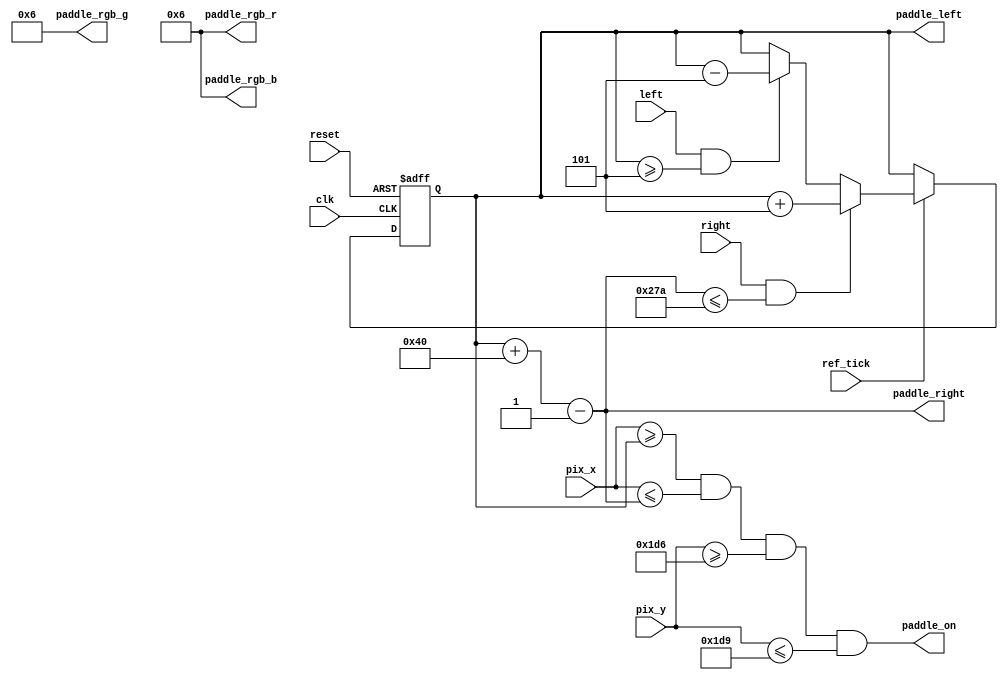
module paddle 
	#(
		parameter MAX_X = 640,
		parameter MAX_Y = 480,
		parameter PADDLE_Y_LOW = 470,
		parameter PADDLE_Y_WIDTH = 3,
		parameter PADDLE_VELOCITY = 5,
		parameter PADDLE_LENGTH = 64,
		parameter PADDLE_COLOR_r = 5'b00110,
		parameter PADDLE_COLOR_g = 6'b000110,
		parameter PADDLE_COLOR_b = 5'b00110
	)
	(
		output paddle_on,
		output [4:0] paddle_rgb_r,paddle_rgb_b,
		output [5:0] paddle_rgb_g,
		output [10:0] paddle_left,paddle_right,
		input ref_tick,clk,left,right,reset,
		input [10:0] pix_x,pix_y
	);
	
	//localparam PADDLE_VELOCITY = 10;
	//localparam PADDLE_LENGTH = 72;
	
	//localparam PADDLE_X_LOW = 600;
	localparam PADDLE_Y_HIG = PADDLE_Y_LOW + PADDLE_Y_WIDTH;
	
	localparam PADDLE_X_LOW = 200;
	localparam PADDLE_X_HIG = PADDLE_X_LOW + PADDLE_LENGTH -  1;
	
	
	wire [10:0] paddle_x_low,paddle_x_hig;
	reg [10:0] paddle_x_reg,paddle_x_next;
	
	always @(posedge clk,posedge reset)
	if(reset)
		paddle_x_reg <= 0;
	else
		paddle_x_reg <= paddle_x_next;
		
	assign paddle_x_low = paddle_x_reg;
	assign paddle_x_hig = paddle_x_reg + PADDLE_LENGTH - 1;
	
	always @*
	begin
		paddle_x_next = paddle_x_reg;
		if(ref_tick)
			if(right & (paddle_x_hig <= MAX_X - PADDLE_VELOCITY - 1))
				paddle_x_next = paddle_x_reg + PADDLE_VELOCITY;
			else if(left & (paddle_x_low >= PADDLE_VELOCITY))
				paddle_x_next = paddle_x_reg - PADDLE_VELOCITY;
	end
	
	assign paddle_on = (pix_x >= paddle_x_low) && (pix_x <= paddle_x_hig) &&
					(pix_y >= PADDLE_Y_LOW) && (pix_y <= PADDLE_Y_HIG);
					
	assign paddle_rgb_r = PADDLE_COLOR_r;
	assign paddle_rgb_g = PADDLE_COLOR_g;
	assign paddle_rgb_b = PADDLE_COLOR_b;
	assign paddle_left = paddle_x_low;
	assign paddle_right = paddle_x_hig;
endmodule